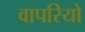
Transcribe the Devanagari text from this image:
वापरियो